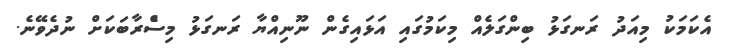
އެކަމަކު މިއަދު ރަނގަޅު ބިންގަލެއް މިކަމުގައި އަޅައިގެން ނޫނިއްޔާ ރަނގަޅު މިސްެރާބަކަށް ނުދެވޭނެ.